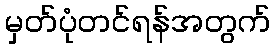
မှတ်ပုံတင်ရန်အတွက်